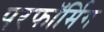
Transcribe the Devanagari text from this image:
परफॉर्मिग